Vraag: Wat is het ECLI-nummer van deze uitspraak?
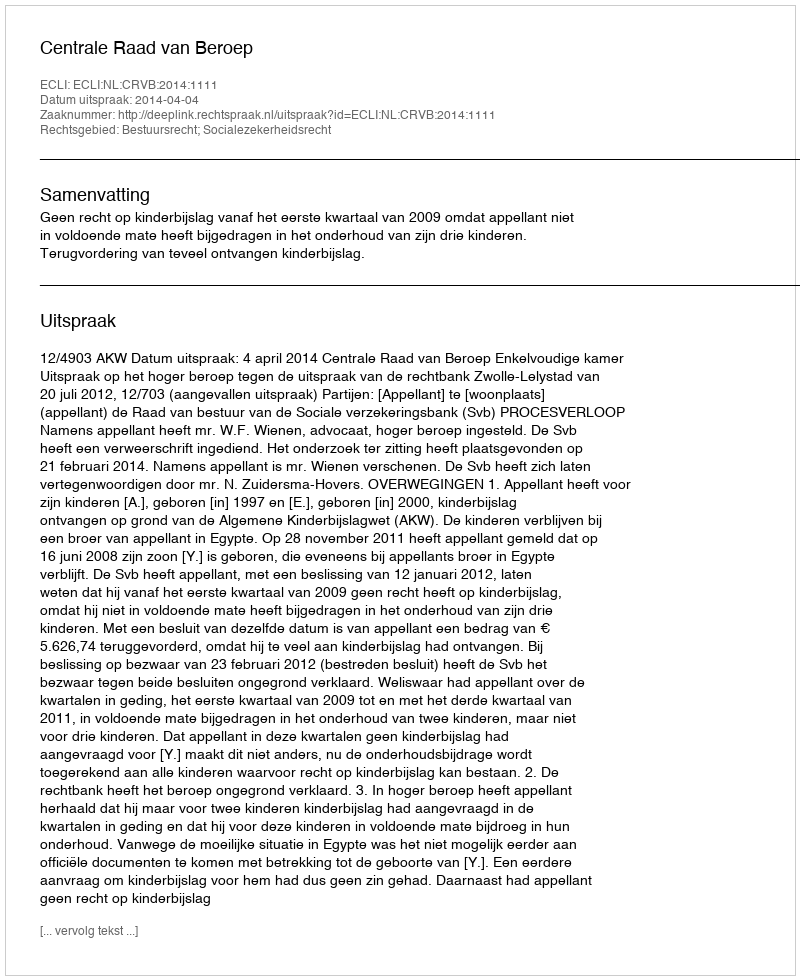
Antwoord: ECLI:NL:CRVB:2014:1111